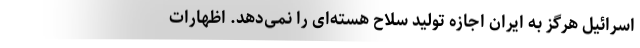
اسرائیل هرگز به ایران اجازه تولید سلاح هسته‌ای را نمی‌دهد. اظهارات